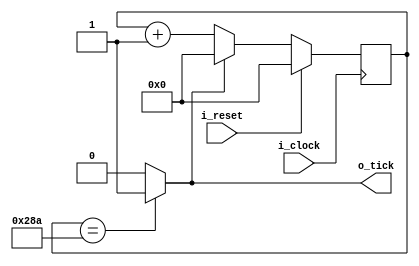
`timescale 1ns/100ps

module baudrate_generator
#(
    parameter                   BAUD_RATE       = 9600,
    parameter                   SYS_CLOCK       = 100000000, 
    parameter                   TICK_RATE       = SYS_CLOCK / (BAUD_RATE*16),
    parameter                   NB_TICK_COUNTER = $clog2(TICK_RATE)                  
)
(
    input wire                  i_clock,
    input wire                  i_reset,
    output wire                 o_tick
);

    reg [NB_TICK_COUNTER-1 : 0] counter;
    wire                        reset_counter = (counter == TICK_RATE-1) ? 1'b1 : 1'b0; 
    //cuando se resetea el contador, genero el tick
    assign                      o_tick        = reset_counter;

    always @(posedge i_clock)
    begin

        if(i_reset)
            counter <= {NB_TICK_COUNTER{1'b0}};

        else if(reset_counter)
            counter <= {NB_TICK_COUNTER{1'b0}};

        else
            counter <= counter + 1;    

    end

endmodule